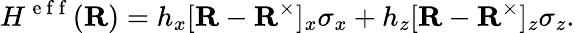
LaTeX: H^{\mathrm{~e~f~f~}}({\mathbf{R}})=h_{x}[{\mathbf{R}}-{\mathbf{R}}^{\times}]_{x}\sigma_{x}+h_{z}[{\mathbf{R}}-{\mathbf{R}}^{\times}]_{z}\sigma_{z}.